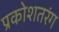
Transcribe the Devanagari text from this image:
प्रकोशतरंग